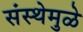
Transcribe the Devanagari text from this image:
संस्थेमुळे